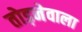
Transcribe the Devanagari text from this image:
तोड़नेवाला